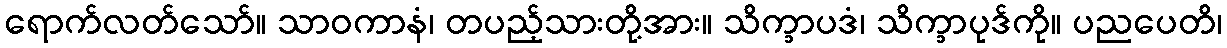
ရောက်လတ်သော်။ သာဝကာနံ၊ တပည့်သားတို့အား။ သိက္ခာပဒံ၊ သိက္ခာပုဒ်ကို။ ပညပေတိ၊